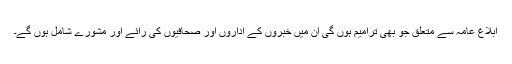
ابلاغ عامہ سے متعلق جو بھی ترامیم ہوں گی ان میں خبروں کے اداروں اور صحافیوں کی رائے اور مشورے شامل ہوں گے۔